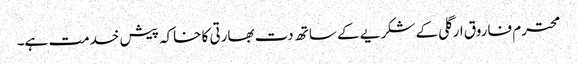
محترم فاروق ارگلی کے شکریے کے ساتھ دت بھارتی کا خاکہ پیش خدمت ہے۔